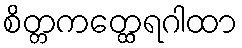
စိတ္တကတ္ထေရဂါထာ